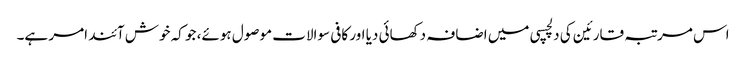
اس مرتبہ قارئین کی دلچسپی میں اضافہ دکھائی دیا اور کافی سوالات موصول ہوئے، جو کہ خوش آئند امر ہے۔